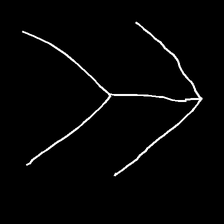
Glyph: gather